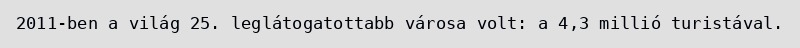
2011-ben a világ 25. leglátogatottabb városa volt: a 4,3 millió turistával.